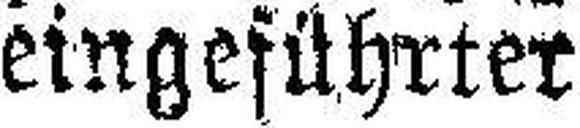
eingeführter